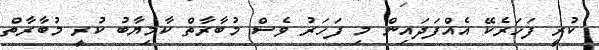
ކުރީ ފަހަރެކޭ އެއްފަދައިން މި ފަހަރު ވެސް މުބާރާތް ކާމިޔާބު ކުރީ މުބާރާތް